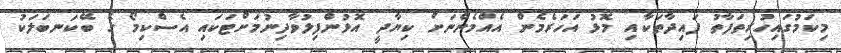
މިކަމުގައިހުރިތަފާތު ފައިދާތަކާއި މޮޅު އަހަރެމެން އެއްމެންނަށް ކިޔާދީ އޮޅުންފިލުވާދިނުމަށްޓަކައި އެސްކިމޯ ގެ ބޭކަނބަލަކު